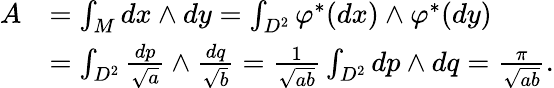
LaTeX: \begin{array}{rl}{A}&{=\int_{M}dx\wedge dy=\int_{{D}^{2}}\varphi^{\ast}(dx)\wedge\varphi^{\ast}(dy)}\\ &{=\int_{{D}^{2}}\frac{dp}{\sqrt{a}}\wedge\frac{dq}{\sqrt{b}}=\frac{1}{\sqrt{ab}}\int_{{D}^{2}}dp\wedge dq=\frac{\pi}{\sqrt{ab}}.}\end{array}